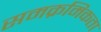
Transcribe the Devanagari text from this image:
समक्रमिकता